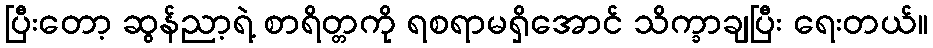
ပြီးတော့ ဆွန်ညာ့ရဲ့ စာရိတ္တကို ရစရာမရှိအောင် သိက္ခာချပြီး ရေးတယ်။